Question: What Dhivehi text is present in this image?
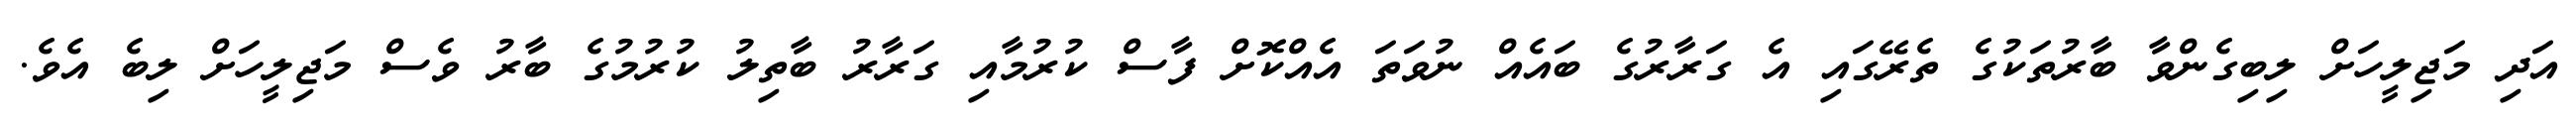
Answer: އަދި މަޖިލީހަށް ލިބިގެންވާ ބާރުތަކުގެ ތެރޭގައި އެ ގަރާރުގެ ބައެއް ނުވަތަ އެއްކޮށް ފާސް ކުރުމާއި ގަރާރު ބާތިލު ކުރުމުގެ ބާރު ވެސް މަޖިލީހަށް ލިބެ އެވެ.